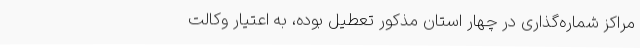
مراکز شماره‌گذاری در چهار استان مذکور تعطیل بوده، به اعتیار وکالت